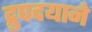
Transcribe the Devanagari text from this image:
द्रुपदयाने